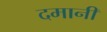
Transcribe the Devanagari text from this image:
दमानी